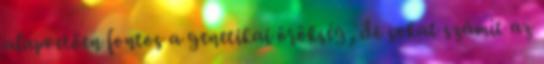
alapvetően fontos a genetikai örökség, de sokat számít az